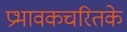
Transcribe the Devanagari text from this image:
प्रभावकचरितके